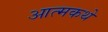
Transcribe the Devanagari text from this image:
आत्मकथे